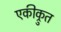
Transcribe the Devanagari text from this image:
एकीक्रुत